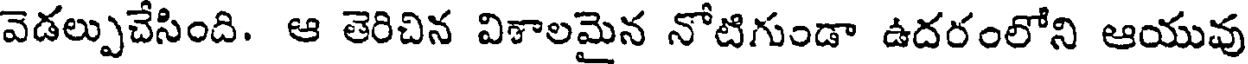
వెడల్పుచేసింది. ఆ తెరిచిన విశాలమైన నోటిగుండా ఉదరంలోని ఆయువు